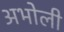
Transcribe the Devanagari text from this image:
अभोली